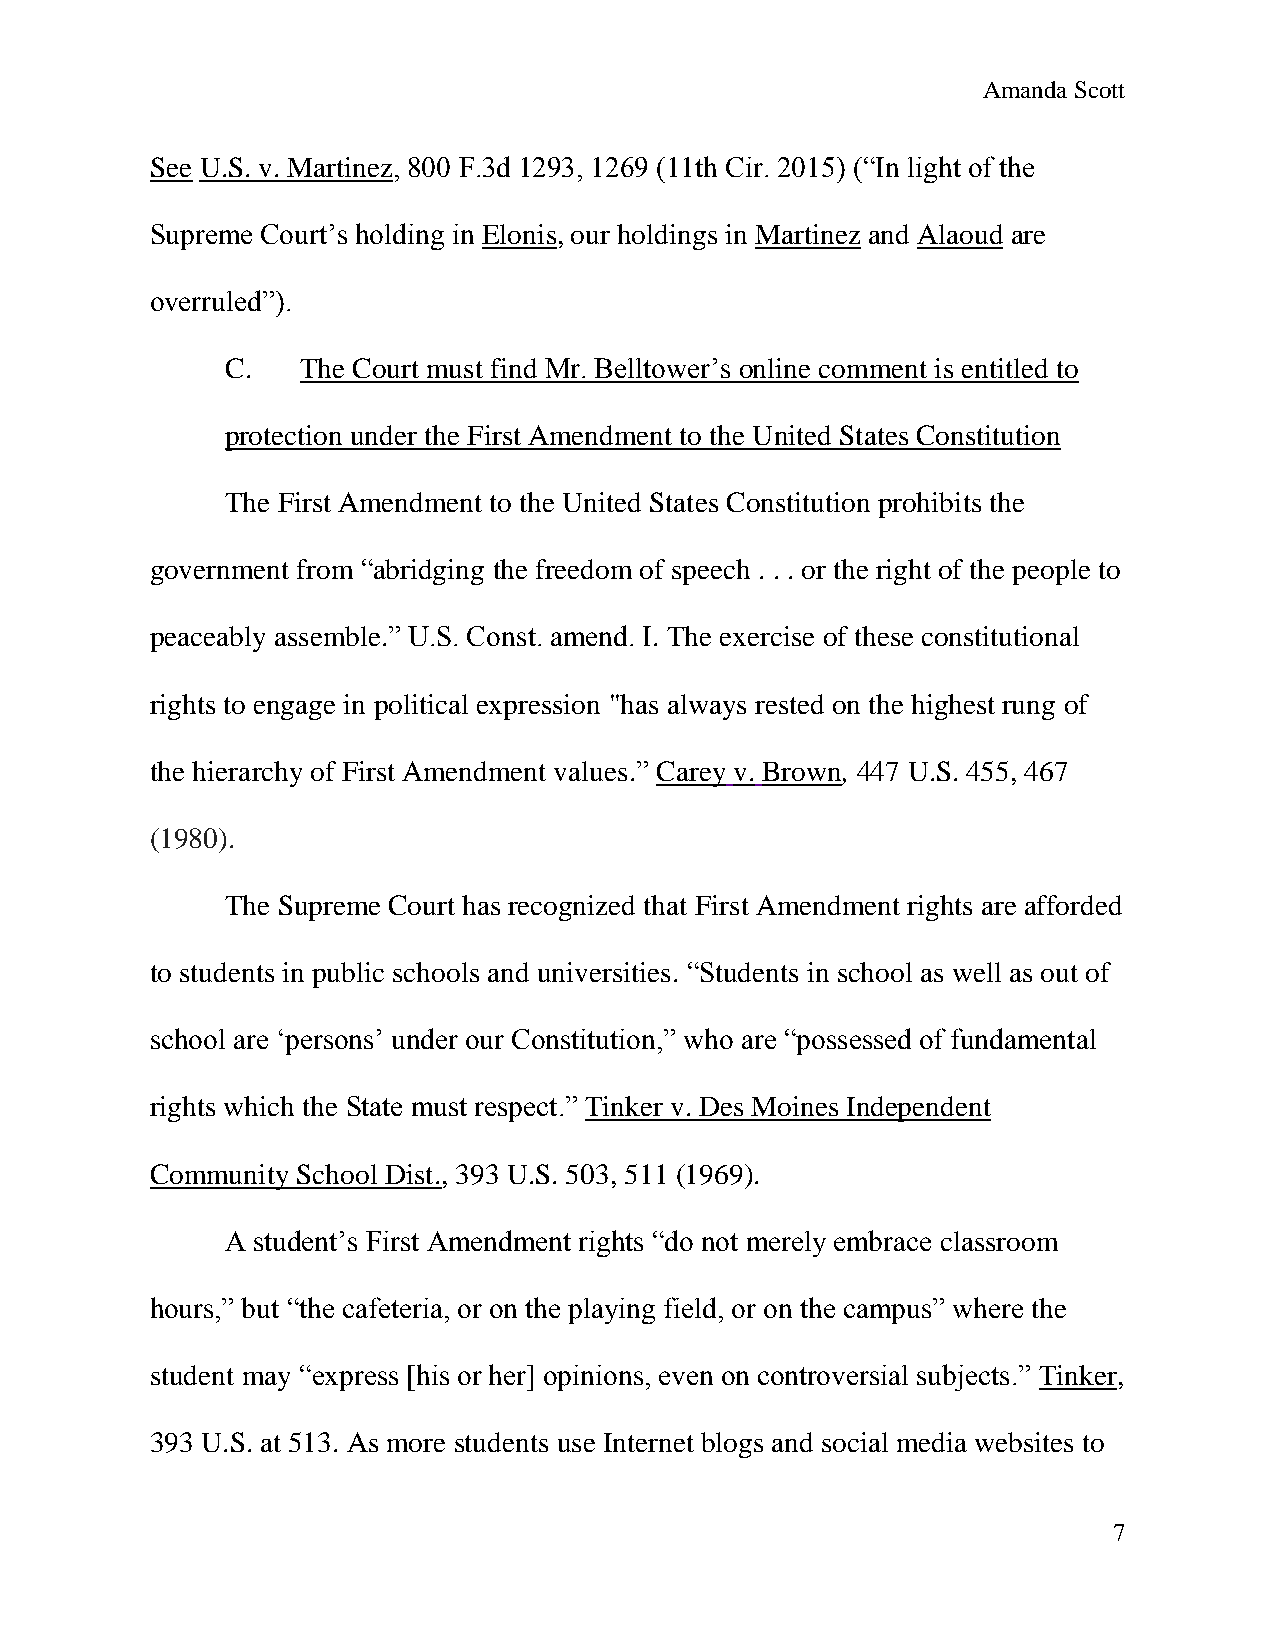
Amanda Scott
 See U.S. v. Martinez, 800 F.3d 1293, 1269 (11th Cir. 2015) (“In light of the
 Supreme Court’s holding in Elonis, our holdings in Martinez and Alaoud are
 overruled”).
 C.   The Court must find Mr. Belltower’s online comment is entitled to
 protection under the First Amendment to the United States Constitution
 The First Amendment to the United States Constitution prohibits the
 government from “abridging the freedom of speech . . . or the right of the people to
 peaceably assemble.” U.S. Const. amend. I. The exercise of these constitutional
 rights to engage in political expression "has always rested on the highest rung of
 the hierarchy of First Amendment values.” Carey v. Brown, 447 U.S. 455, 467
 (1980).
 The Supreme Court has recognized that First Amendment rights are afforded
 to students in public schools and universities. “Students in school as well as out of
 school are ‘persons’ under our Constitution,” who are “possessed of fundamental
 rights which the State must respect.” Tinker v. Des Moines Independent
 Community School Dist., 393 U.S. 503, 511 (1969).
 A student’s First Amendment rights “do not merely embrace classroom
 hours,” but “the cafeteria, or on the playing field, or on the campus” where the
 student may “express [his or her] opinions, even on controversial subjects.” Tinker,
 393 U.S. at 513. As more students use Internet blogs and social media websites to
 7